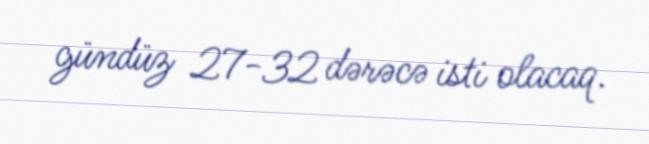
gündüz 27-32 dərəcə isti olacaq.